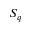
S _ { q }